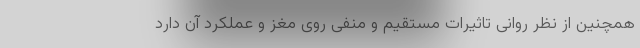
همچنین از نظر روانی تاثیرات مستقیم و منفی روی مغز و عملکرد آن دارد